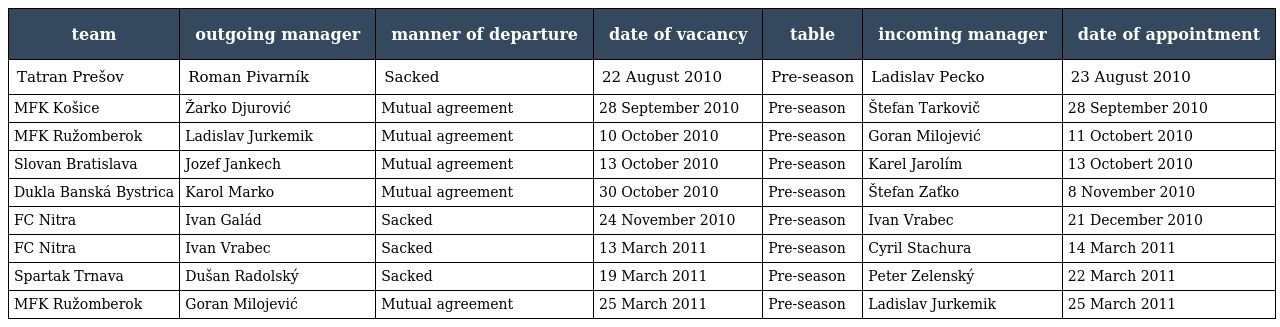
| team | outgoing manager | manner of departure | date of vacancy | table | incoming manager | date of appointment |
 | --- | --- | --- | --- | --- | --- | --- |
 | Tatran Prešov | Roman Pivarník | Sacked | 22 August 2010 | Pre-season | Ladislav Pecko | 23 August 2010 |
 | MFK Košice | Žarko Djurović | Mutual agreement | 28 September 2010 | Pre-season | Štefan Tarkovič | 28 September 2010 |
 | MFK Ružomberok | Ladislav Jurkemik | Mutual agreement | 10 October 2010 | Pre-season | Goran Milojević | 11 Octobert 2010 |
 | Slovan Bratislava | Jozef Jankech | Mutual agreement | 13 October 2010 | Pre-season | Karel Jarolím | 13 Octobert 2010 |
 | Dukla Banská Bystrica | Karol Marko | Mutual agreement | 30 October 2010 | Pre-season | Štefan Zaťko | 8 November 2010 |
 | FC Nitra | Ivan Galád | Sacked | 24 November 2010 | Pre-season | Ivan Vrabec | 21 December 2010 |
 | FC Nitra | Ivan Vrabec | Sacked | 13 March 2011 | Pre-season | Cyril Stachura | 14 March 2011 |
 | Spartak Trnava | Dušan Radolský | Sacked | 19 March 2011 | Pre-season | Peter Zelenský | 22 March 2011 |
 | MFK Ružomberok | Goran Milojević | Mutual agreement | 25 March 2011 | Pre-season | Ladislav Jurkemik | 25 March 2011 |